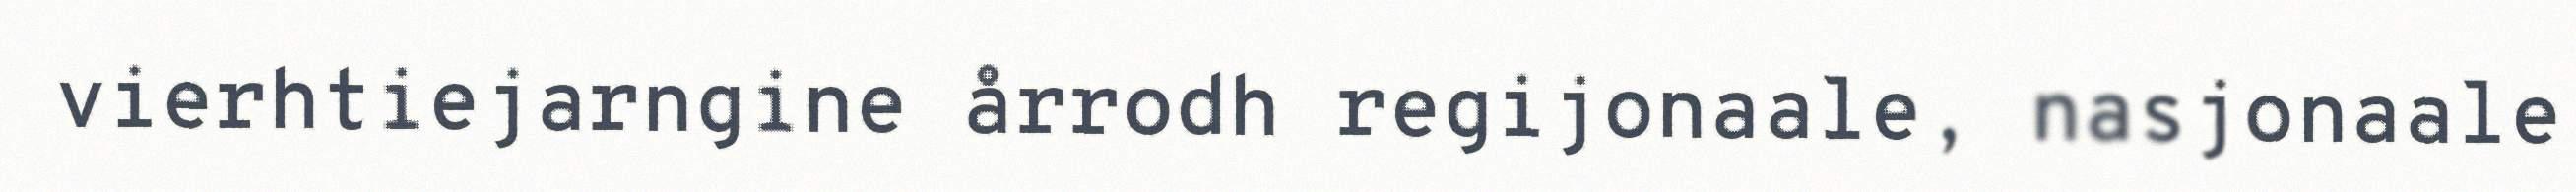
vierhtiejarngine årrodh regijonaale, nasjonaale